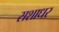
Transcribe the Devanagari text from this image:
सशाधर